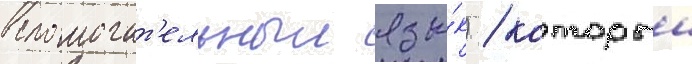
вспомогат'ельныи язы́к) / которыи